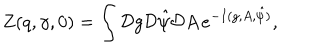
LaTeX: Z ( q , \gamma , 0 ) = \int { \cal D } g { \cal D } { \hat { \psi } } { \cal D } A \, e ^ { - I ( g , A , { \hat { \psi } } ) } ,